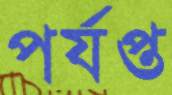
পর্যপ্ত